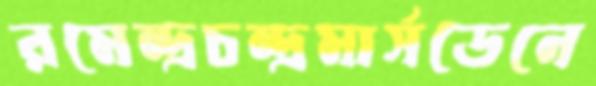
রমেন্দ্রচন্দ্রমার্সডেনে